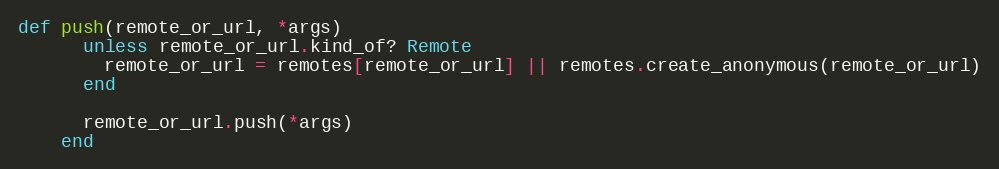
Language: Ruby
def push(remote_or_url, *args)
      unless remote_or_url.kind_of? Remote
        remote_or_url = remotes[remote_or_url] || remotes.create_anonymous(remote_or_url)
      end

      remote_or_url.push(*args)
    end